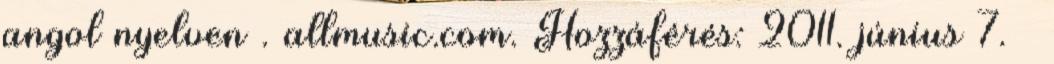
angol nyelven . allmusic.com. Hozzáférés: 2011. június 7. ↑